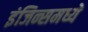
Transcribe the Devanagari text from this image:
इंजिन्समध्ये